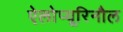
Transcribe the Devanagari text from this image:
ऐलोप्यूरिनौल